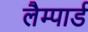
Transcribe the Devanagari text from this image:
लैम्पार्ड